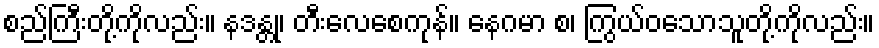
စည်ကြီးတို့ကိုလည်း။ နဒန္တု၊ တီးလေစေကုန်။ နေဂမာ စ၊ ကြွယ်ဝသောသူတို့ကိုလည်း။